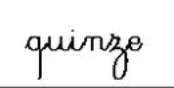
quinze